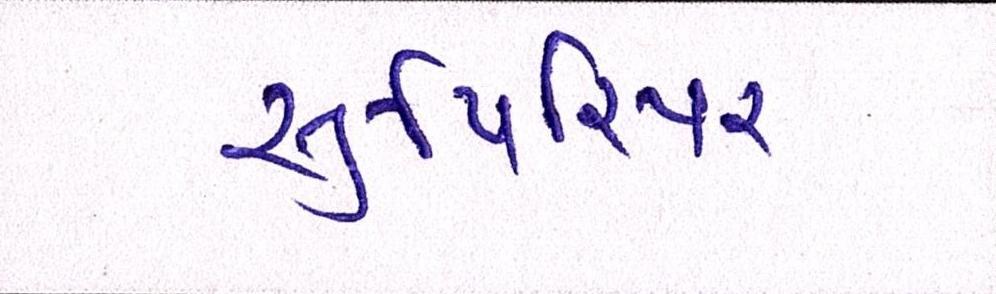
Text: સુપિરિયર